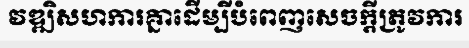
វឌ្ឍិសហការគ្នាដើម្បីបំពេញសេចក្តីត្រូវការ